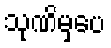
သုဏိမှပေ